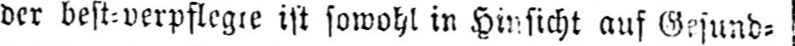
der best⸗verpflegte ist sowohl in Hinsicht auf Gesund⸗